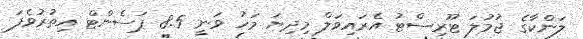
ލަންކާގެ ޖުމުލަ ޓޫރިސްޓު އެރައިވަލް މިދިޔަ މަހު ވަނީ 8.5 ޕަސެންޓް އިތުރުވެފަ